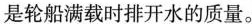
是轮船满载时排开水的质量。